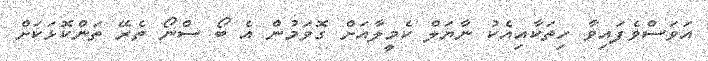
އަވަސްވެފައިވާ ހިތަކާއިއެކު ނާޔަލް ކެމީލާއަށް ގޮވަމުން އެ ބޯ ސްނޯ ތެރޭ ތަންކޮޅަކަށް